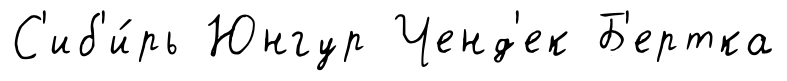
С'иб'и́рь Юнгур Ченд'ек Б'ертка